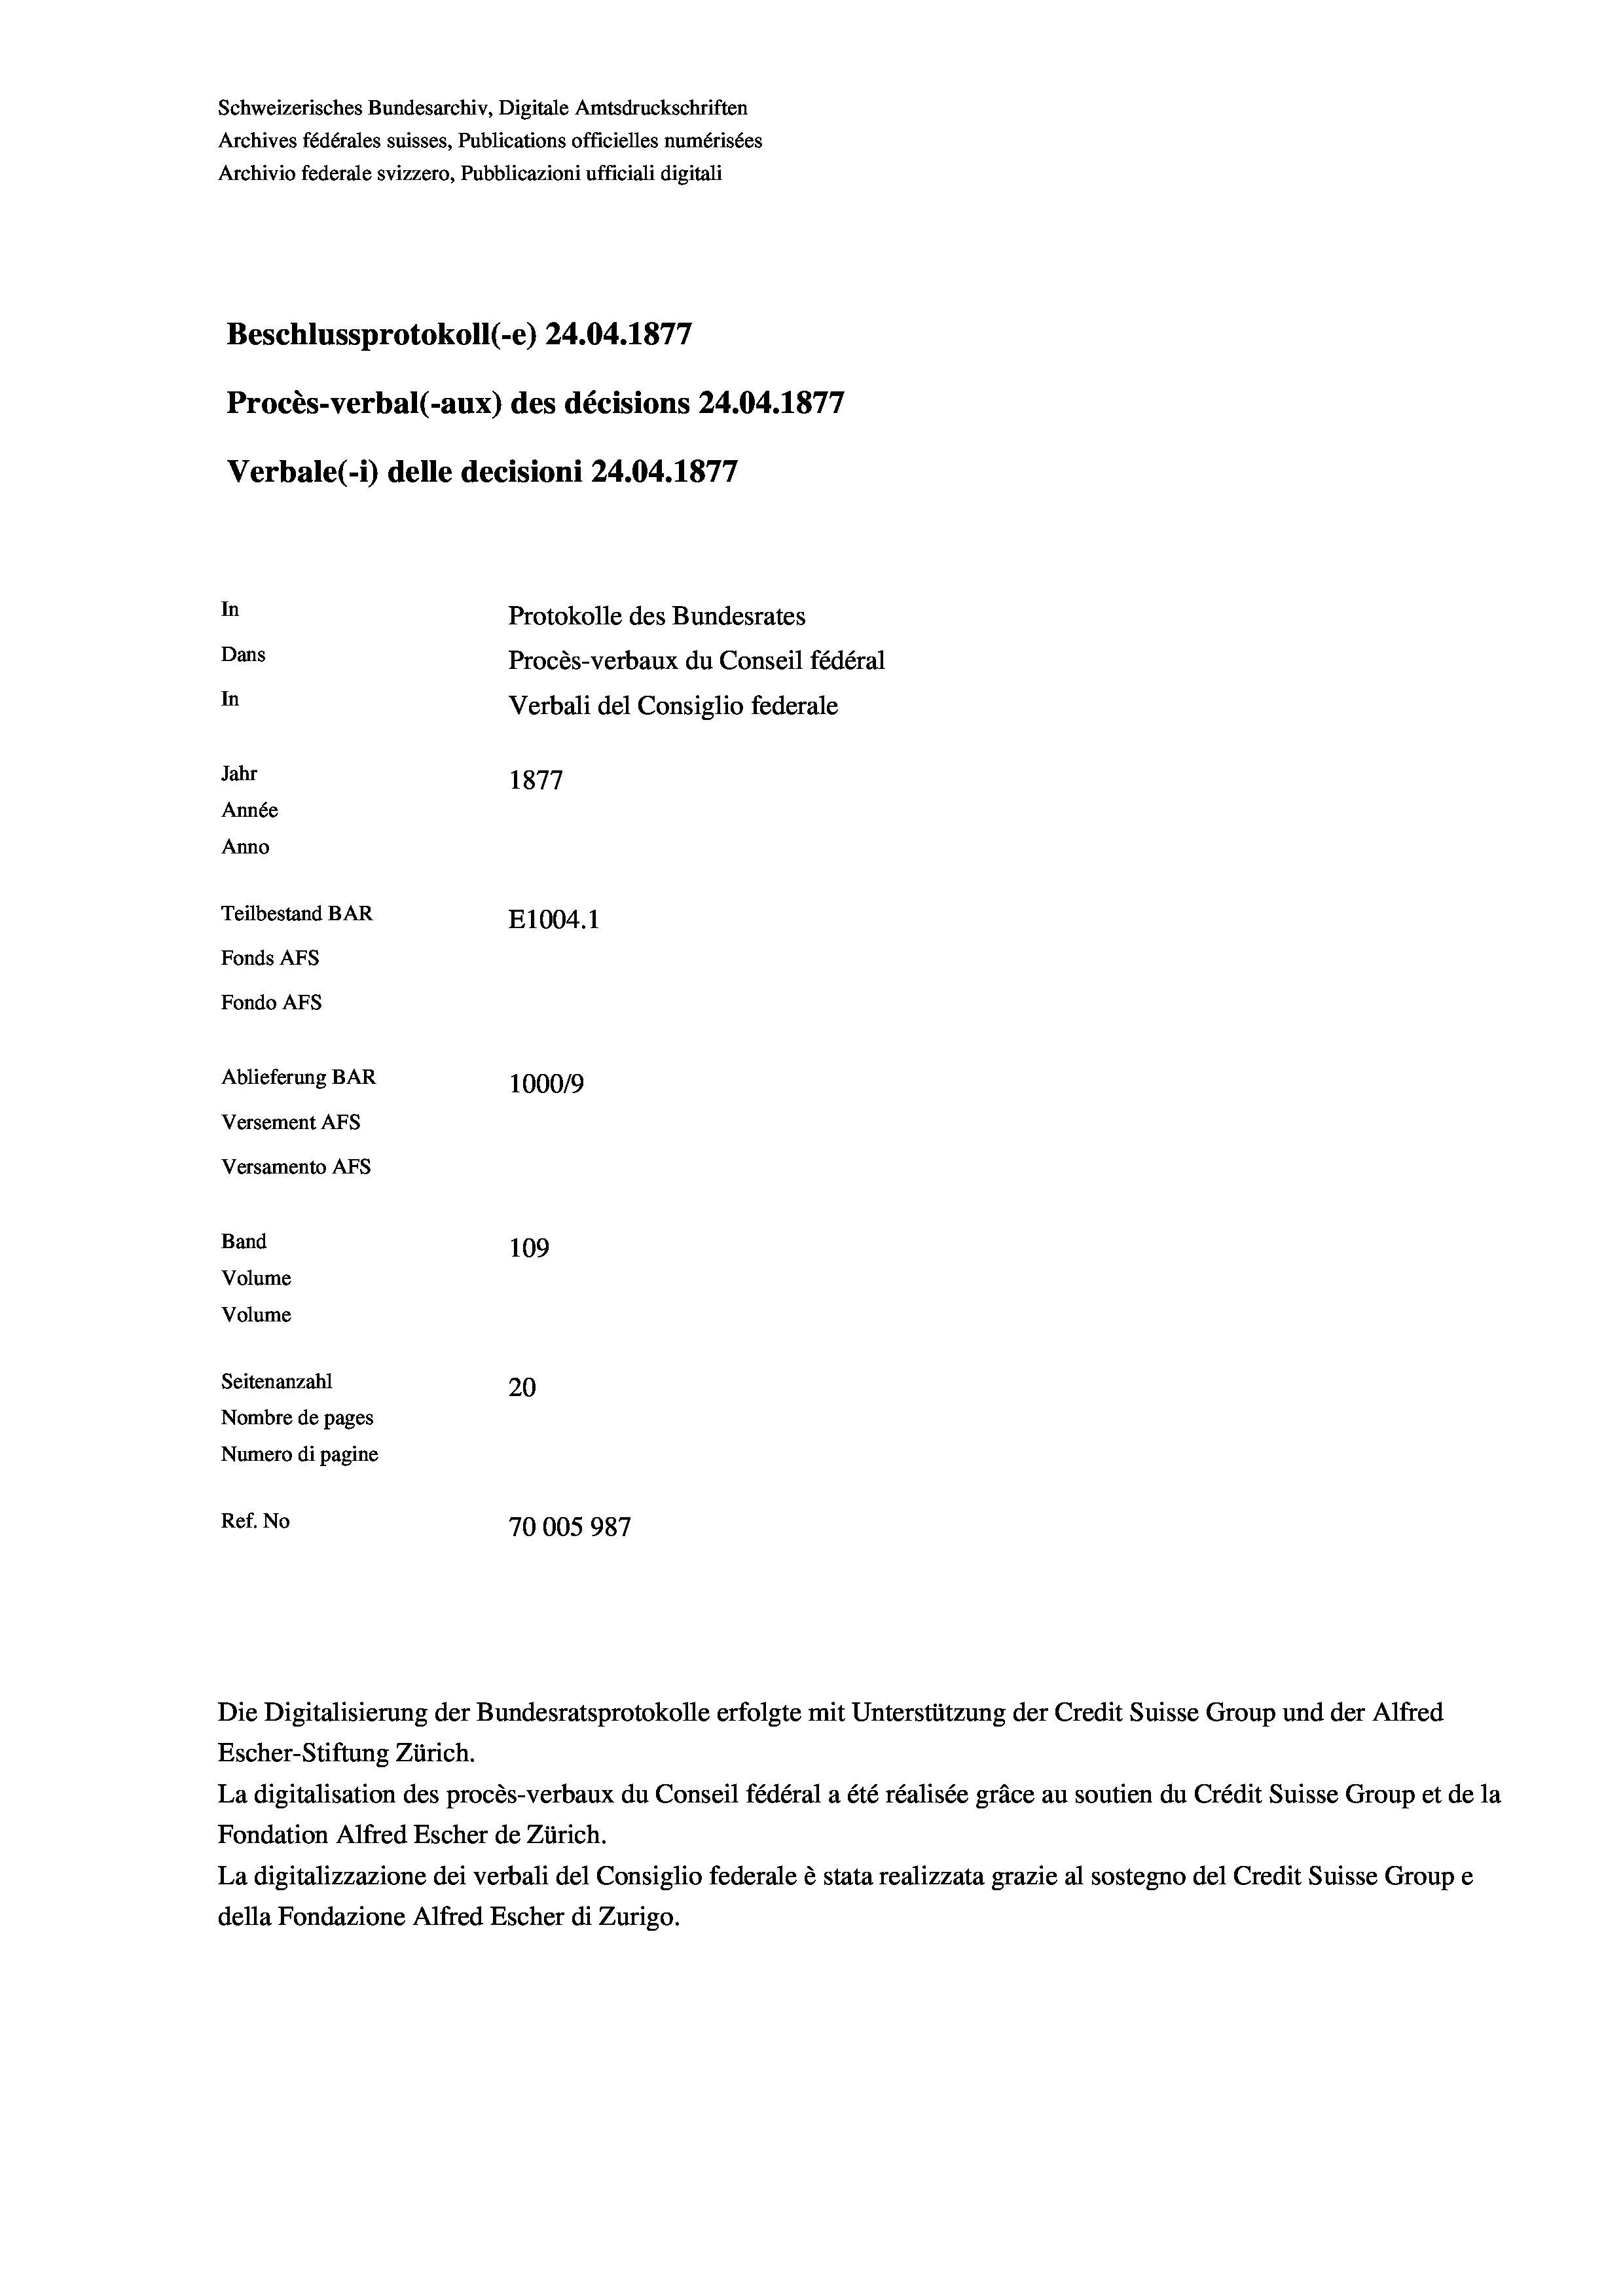
Schweizerisches Bundesarchiv, Digitale Amtsdruckschriften
Archives fédérales suisses, Publications officielles numérisées
Archivio federale svizzero, Pubblicazioni ufficiali digitali
Beschlussprotokoll (-e) 24.04. 1877
Procès-verbal (-aux) des décisions 24.04. 1877
Verbale (i) delle decisioni 24.04. 1877
In
Protokolle des Bundesrates
Dans
Procès-verbaux du Conseil fédéral
In
Verbali del Consiglio federale
Jahr
1877
Année
Anno
Teilbestand BAR
E1004. 1
Fonds AFs
Fondo AFs
Ablieferung BAR
1000/9
Versement Abs
Versamento AFs
Band

109
Volume
Volume
Seitenanzahl
20
Nombre de pages
Numero di pagine
4
Ref. No
70005987

Escher-Stiftung Zürich.
La digitalisation des procès-verbaux du Conseil fédéral a été réalisée gräce au soutien du Crédit Suisse Group et de la
Fondation Alfred Escher de Zürich.
La digitalizzazione dei verbali del Consiglio federale è stata realizzata grazie al sostegno del Credit Suisse Groupe
della Fondazione Alfred Escher di Zurigo.

Die Digitalisierung der Bundesratsprotokolle erfolgte mit Unterstützung der Credit Suisse Group und der Alfred